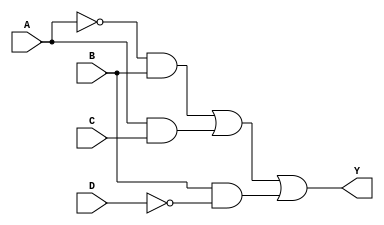
module sop_simplification (
    input wire A,  // Input variable A
    input wire B,  // Input variable B
    input wire C,  // Input variable C
    input wire D,  // Input variable D
    output wire Y  // Output variable Y
);

// Simplified SOP expression (example)
// Assuming the simplified expression is: Y = A'B + AC + BD'
// Replace this expression with the one derived from your K-map simplification
assign Y = (~A & B) | (A & C) | (B & ~D);

endmodule